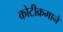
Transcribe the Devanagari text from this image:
कोटीक्रमाने